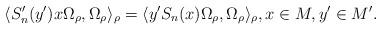
LaTeX: \begin{align*}\langle S_n'(y') x \Omega_{\rho}, \Omega_{\rho} \rangle_{\rho} = \langle y' S_n(x) \Omega_{\rho}, \Omega_{\rho} \rangle_{\rho}, x \in M, y' \in M'.\end{align*}